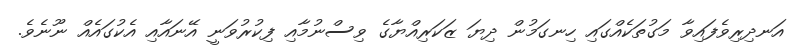
އަނދިރިވެފައިވާ މަގުުތަކެއްގައި ހިނގަމުން ދިޔަ ޒަކަރިއްޔާގެ ވިސްނުމާއި ފިކުރުވަނީ އޭނައާއި އެކުގައެއް ނޫނެވެ.